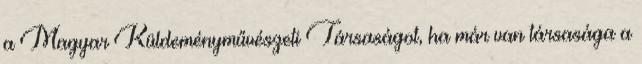
a Magyar Küldeményművészeti Társaságot, ha már van társasága a